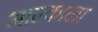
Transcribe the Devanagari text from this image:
आल्काला